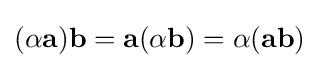
(\alpha \mathbf {a} )\mathbf {b} =\mathbf {a} (\alpha \mathbf {b} )=\alpha (\mathbf {a} \mathbf {b} )